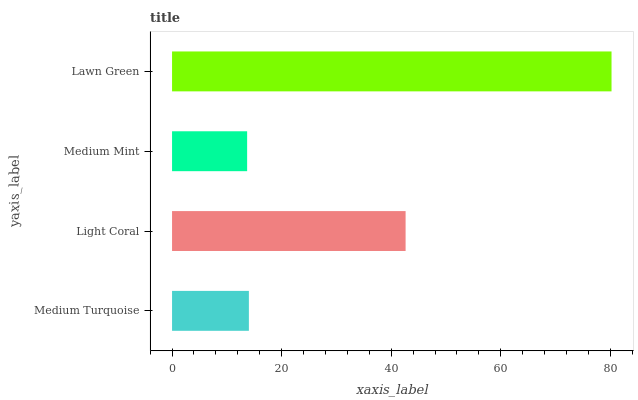
| yaxis_label | bars |
 | --- | --- |
 | Medium Turquoise | 14 |
 | Light Coral | 42.6 |
 | Medium Mint | 13.7 |
 | Lawn Green | 80.2 |